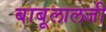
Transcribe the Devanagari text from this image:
बाबूलालजी